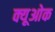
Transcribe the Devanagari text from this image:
क्यूओक